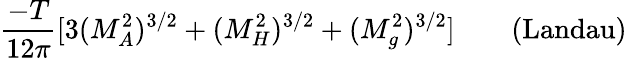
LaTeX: {\frac{-T}{12\pi}}[3(M_{A}^{2})^{3/2}+(M_{H}^{2})^{3/2}+(M_{g}^{2})^{3/2}]\qquad\mathrm{(Landau)}